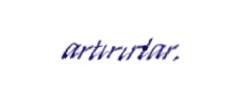
artırırlar.